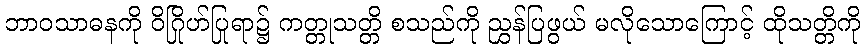
ဘာဝသာဓနကို ဝိဂြိုဟ်ပြုရာ၌ ကတ္တုသတ္တိ စသည်ကို ညွှန်ပြဖွယ် မလိုသောကြောင့် ထိုသတ္တိကို